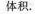
体积.